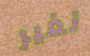
نغير